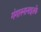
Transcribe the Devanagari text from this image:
गंगास्नानाइतके